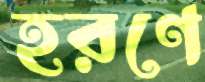
হরণে